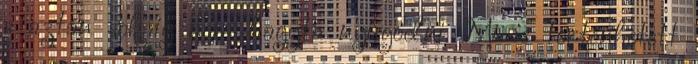
s aztán sokáig nem hagyta nyugodni. Mi is történhetett